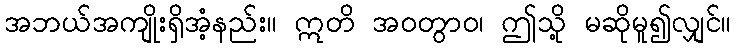
အဘယ်အကျိုးရှိအံ့နည်း။ ဣတိ အဝတွာဝ၊ ဤသို့ မဆိုမူ၍လျှင်။